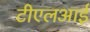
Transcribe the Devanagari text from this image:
टीएलआई